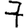
Digit: 7